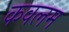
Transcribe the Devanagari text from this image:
कवलम